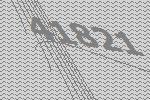
41821